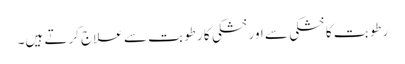
رطوبت کا خشکی سے اور خشکی کا رطوبت سے علاج کرتے ہیں۔